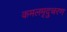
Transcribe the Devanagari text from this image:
कमलमृदुचरण